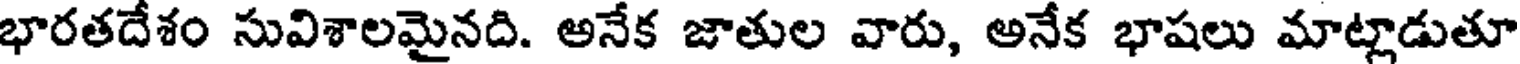
భారతదేశం సువిశాలమైనది. అనేక జాతుల వారు, అనేక భాషలు మాట్లాడుతూ